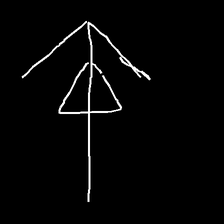
Glyph: pull